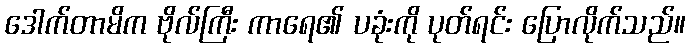
ဒေါက်တာမိက ဗိုလ်ကြီး ကာရေ၏ ပခုံးကို ပုတ်ရင်း ပြောလိုက်သည်။